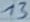
Text: 13